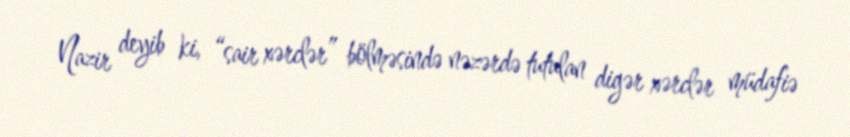
Nazir deyib ki, “sair xərclər” bölməsində nəzərdə tutulan digər xərclər müdafiə